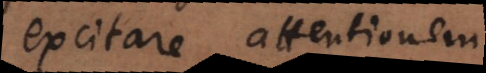
excitare attentionem.